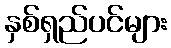
နှစ်ရှည်ပင်များ